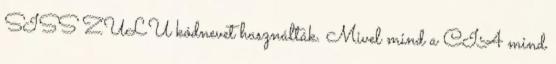
SISS ZULU kódnevet használták. Mivel mind a CIA mind